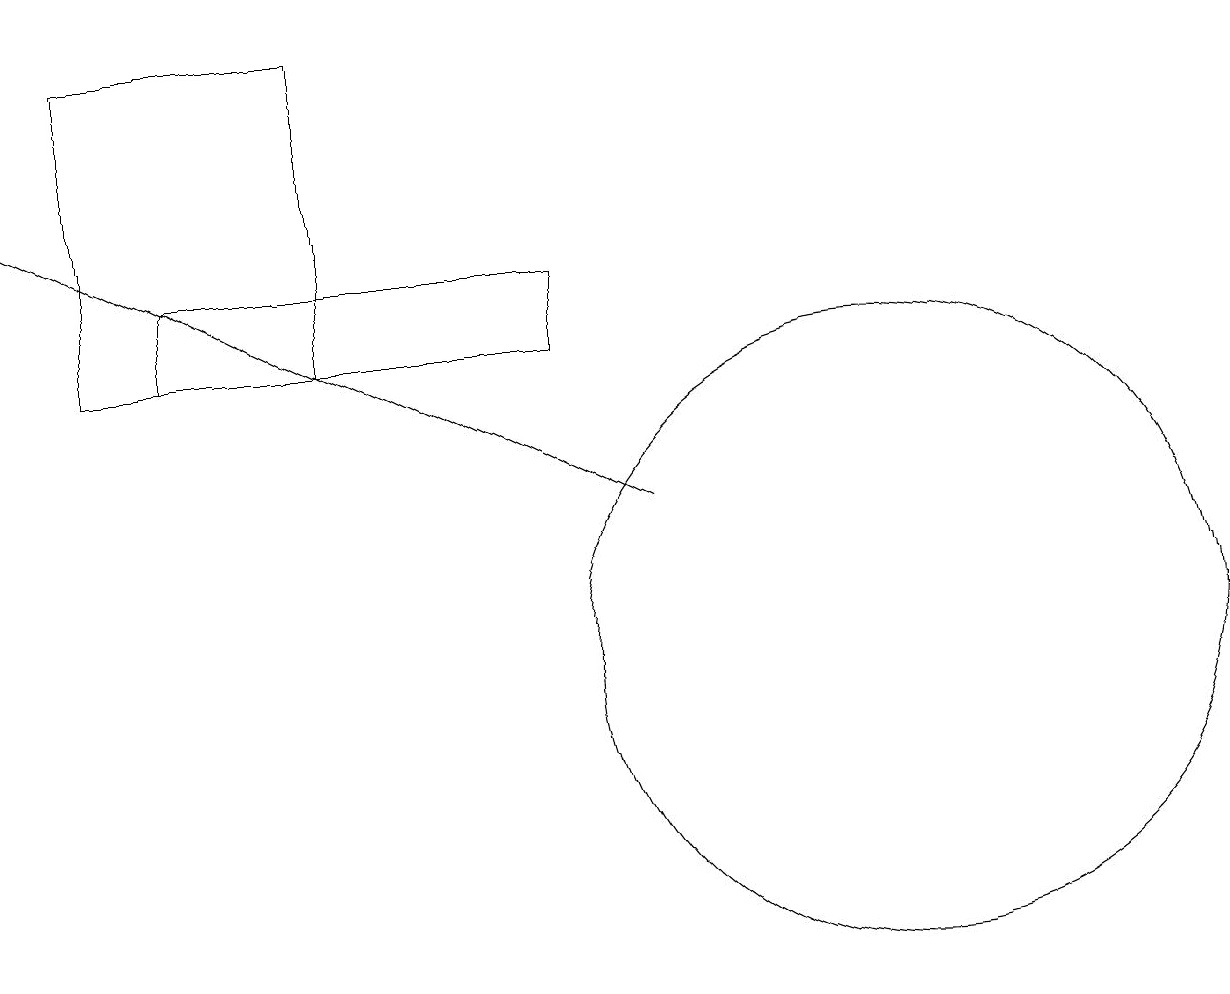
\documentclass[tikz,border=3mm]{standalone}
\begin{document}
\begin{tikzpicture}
\draw (5,18) rectangle (2,14);
\draw (3,14) rectangle (8,15);
\draw[->] (9,12) -- (1,16);
\draw (12,10) circle (4);
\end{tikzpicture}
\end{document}